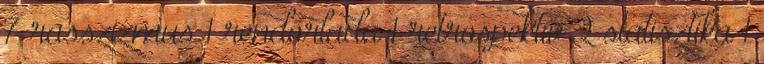
7 rasszizmus 1 rendőrlada 1 retrospektív 2 statisztika 1